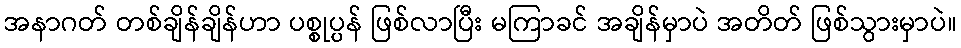
အနာဂတ် တစ်ချိန်ချိန်ဟာ ပစ္စုပ္ပန် ဖြစ်လာပြီး မကြာခင် အချိန်မှာပဲ အတိတ် ဖြစ်သွားမှာပဲ။